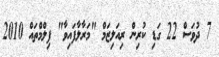
7 ދުވަސް 22 ގަޑި ކުރިން ރިއަލިޒަމް "މަރާލާފައިވާ" ފިލްމްތައް 2010